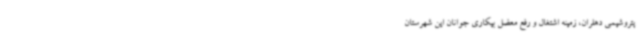
پتروشیمی دهلران، زمینه اشتغال و رفع معضل بیکاری جوانان این شهرستان